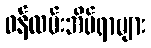
ဝန်ထမ်းအိမ်ရာများ